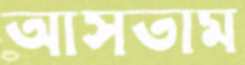
আসতাম